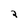
Character: 2